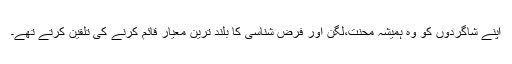
اپنے شاگردوں کو وہ ہمیشہ محنت،لگن اور فرض شناسی کا بلند ترین معیار قائم کرنے کی تلقین کرتے تھے۔